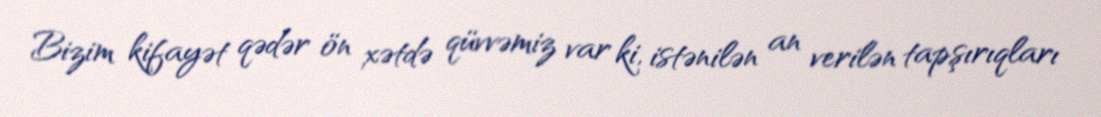
Bizim kifayət qədər ön xətdə qüvvəmiz var ki, istənilən an verilən tapşırıqları